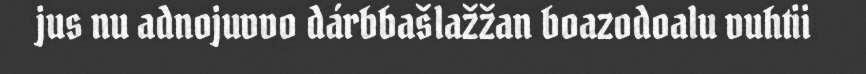
jus nu adnojuvvo dárbbašlažžan boazodoalu vuhtii